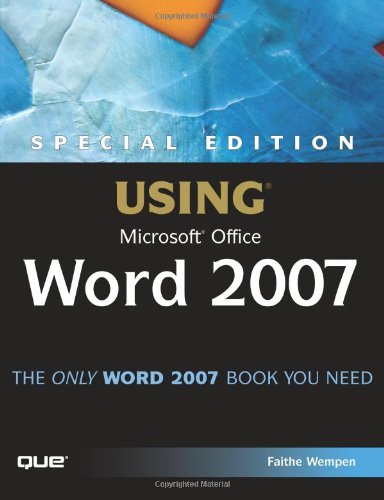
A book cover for Special Edition Using Microsoft Office Word 2007; Faithe Wempen; Computers & Technology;